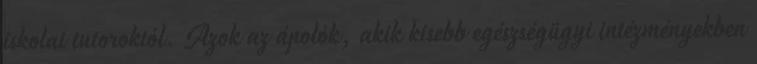
iskolai tutoroktól. Azok az ápolók, akik kisebb egészségügyi intézményekben